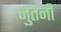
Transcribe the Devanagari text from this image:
नुतनी